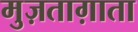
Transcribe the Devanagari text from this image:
मुज़ताग़ाता